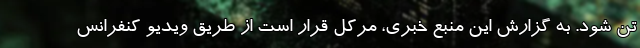
تن شود. به گزارش این منبع خبری، مرکل قرار است از طریق ویدیو کنفرانس